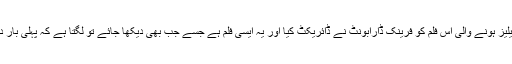
1994 میں ریلیز ہونے والی اس فلم کو فرینک ڈارابونٹ نے ڈائریکٹ کیا اور یہ ایسی فلم ہے جسے جب بھی دیکھا جائے تو لگتا ہے کہ پہلی بار دیکھ رہے ہیں۔